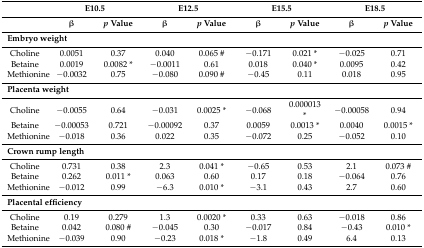
<table><thead><tr><td></td><td colspan="2"><b>E10.5</b></td><td colspan="2"><b>E12.5</b></td><td colspan="2"><b>E15.5</b></td><td colspan="2"><b>E18.5</b></td></tr><tr><td></td><td><b>β</b></td><td><b><i>p</i> Value</b></td><td><b>β</b></td><td><b><i>p</i> Value</b></td><td><b>β</b></td><td><b><i>p</i> Value</b></td><td><b>β</b></td><td><b><i>p</i> Value</b></td></tr></thead><tbody><tr><td colspan="9"><b>Embryo weight</b></td></tr><tr><td>Choline</td><td>0.0051</td><td>0.37</td><td>0.040</td><td>0.065 #</td><td>−0.171</td><td>0.021 *</td><td>−0.025</td><td>0.71</td></tr><tr><td>Betaine</td><td>0.0019</td><td>0.0082 *</td><td>−0.0011</td><td>0.61</td><td>0.018</td><td>0.040 *</td><td>0.0095</td><td>0.42</td></tr><tr><td>Methionine</td><td>−0.0032</td><td>0.75</td><td>−0.080</td><td>0.090 #</td><td>−0.45</td><td>0.11</td><td>0.018</td><td>0.95</td></tr><tr><td colspan="9"><b>Placenta weight</b></td></tr><tr><td>Choline</td><td>−0.0055</td><td>0.64</td><td>−0.031</td><td>0.0025 *</td><td>−0.068</td><td>0.000013 *</td><td>−0.00058</td><td>0.94</td></tr><tr><td>Betaine</td><td>−0.00053</td><td>0.721</td><td>−0.00092</td><td>0.37</td><td>0.0059</td><td>0.0013 *</td><td>0.0040</td><td>0.0015 *</td></tr><tr><td>Methionine</td><td>−0.018</td><td>0.36</td><td>0.022</td><td>0.35</td><td>−0.072</td><td>0.25</td><td>−0.052</td><td>0.10</td></tr><tr><td colspan="9"><b>Crown rump length</b></td></tr><tr><td>Choline</td><td>0.731</td><td>0.38</td><td>2.3</td><td>0.041 *</td><td>−0.65</td><td>0.53</td><td>2.1</td><td>0.073 #</td></tr><tr><td>Betaine</td><td>0.262</td><td>0.011 *</td><td>0.063</td><td>0.60</td><td>0.17</td><td>0.18</td><td>−0.064</td><td>0.76</td></tr><tr><td>Methionine</td><td>−0.012</td><td>0.99</td><td>−6.3</td><td>0.010 *</td><td>−3.1</td><td>0.43</td><td>2.7</td><td>0.60</td></tr><tr><td colspan="9"><b>Placental efficiency</b></td></tr><tr><td>Choline</td><td>0.19</td><td>0.279</td><td>1.3</td><td>0.0020 *</td><td>0.33</td><td>0.63</td><td>−0.018</td><td>0.86</td></tr><tr><td>Betaine</td><td>0.042</td><td>0.080 #</td><td>−0.045</td><td>0.30</td><td>−0.017</td><td>0.84</td><td>−0.43</td><td>0.010 *</td></tr><tr><td>Methionine</td><td>−0.039</td><td>0.90</td><td>−0.23</td><td>0.018 *</td><td>−1.8</td><td>0.49</td><td>6.4</td><td>0.13</td></tr></tbody></table>